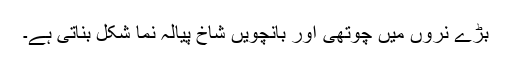
بڑے نروں میں چوتھی اور بانچویں شاخ پیالہ نما شکل بناتی ہے۔